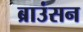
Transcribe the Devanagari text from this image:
ब्राउंसन